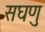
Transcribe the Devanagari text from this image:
सघणु